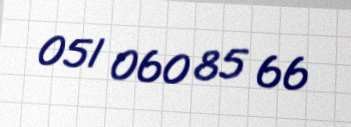
051 060 85 66